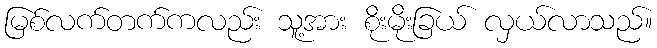
မြစ်လက်တက်ကလည်း သူ့အား စိုးမိုးခြယ် လှယ်လာသည်။